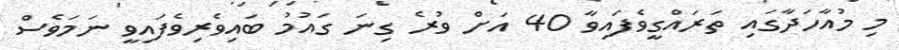
މި މުއާހަދާގައި ތަރައްގީވެފައިވާ 40 އަށް ވުރެ ގިނަ ގައުމު ބައިވެރިވެފައިވީ ނަމަވެސް